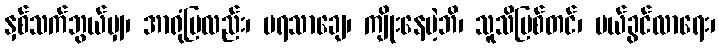
နှစ်သက်ဘွယ်မျှ၊ အာရုံပြလည်း၊ မရသာချေ၊ ကျိုးနေမဲ့ဘိ၊ သူသိပြစ်တင်၊ ပယ်ခွင်လာရေး၊